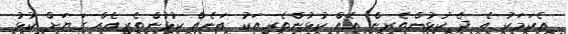
އެކަމަކު އެ ދެ ކުޅުންތެރިން އެއް ކުޅުންތެރިއަކު އަނެއް ކުޅުންތެރިއެއް ގަޔަށް ކުޅު